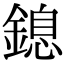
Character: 鎴